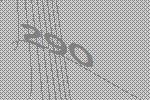
290